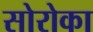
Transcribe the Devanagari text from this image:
सोरोका